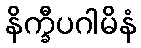
နိက္ခီပဂါမိနံ